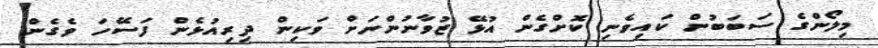
މިލޯންގެ ސަބަބުން ކައިވެނި ކޮށްގެން އުޅޭ ޒުވާނުންނަށް ވަކިން ދިރިއުޅެން ފަސޭހަ ވެގެން